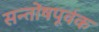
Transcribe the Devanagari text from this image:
सन्तोंषपूर्वक